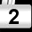
Digit: 2